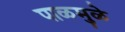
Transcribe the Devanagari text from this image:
पाळमुळे